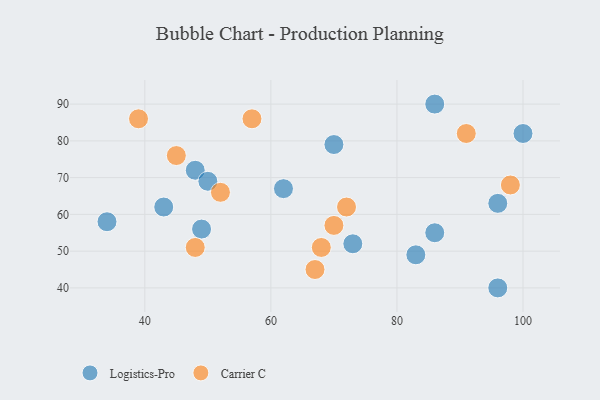
{"axis": {"x": "GDP", "y": "Life Expectancy"}, "legend": ["Carrier C", "Logistics-Pro"], "data": [{"x": "34", "y": 58, "type": "Logistics-Pro"}, {"x": "70", "y": 79, "type": "Logistics-Pro"}, {"x": "96", "y": 63, "type": "Logistics-Pro"}, {"x": "49", "y": 56, "type": "Logistics-Pro"}, {"x": "48", "y": 72, "type": "Logistics-Pro"}, {"x": "83", "y": 49, "type": "Logistics-Pro"}, {"x": "62", "y": 67, "type": "Logistics-Pro"}, {"x": "86", "y": 90, "type": "Logistics-Pro"}, {"x": "100", "y": 82, "type": "Logistics-Pro"}, {"x": "50", "y": 69, "type": "Logistics-Pro"}, {"x": "73", "y": 52, "type": "Logistics-Pro"}, {"x": "86", "y": 55, "type": "Logistics-Pro"}, {"x": "43", "y": 62, "type": "Logistics-Pro"}, {"x": "96", "y": 40, "type": "Logistics-Pro"}, {"x": "70", "y": 57, "type": "Carrier C"}, {"x": "98", "y": 68, "type": "Carrier C"}, {"x": "45", "y": 76, "type": "Carrier C"}, {"x": "68", "y": 51, "type": "Carrier C"}, {"x": "39", "y": 86, "type": "Carrier C"}, {"x": "57", "y": 86, "type": "Carrier C"}, {"x": "72", "y": 62, "type": "Carrier C"}, {"x": "91", "y": 82, "type": "Carrier C"}, {"x": "67", "y": 45, "type": "Carrier C"}, {"x": "52", "y": 66, "type": "Carrier C"}, {"x": "48", "y": 51, "type": "Carrier C"}]}